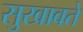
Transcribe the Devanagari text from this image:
सुखावते